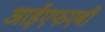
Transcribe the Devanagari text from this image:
आईएफएबी